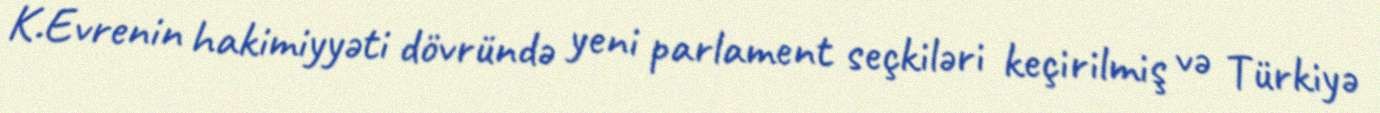
K.Evrenin hakimiyyəti dövründə yeni parlament seçkiləri keçirilmiş və Türkiyə